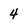
Character: 4